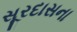
સૂરદાસના